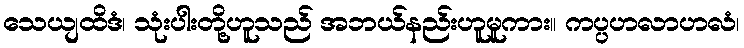
သေယျထိဒံ၊ သုံးပါးတို့ဟူသည် အဘယ်နည်းဟူမူကား။ ကပ္ပဟလာဟလံ၊